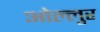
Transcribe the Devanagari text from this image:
ओल्लुर